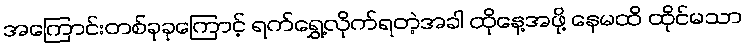
အကြောင်းတစ်ခုခုကြောင့် ရက်ရွှေ့လိုက်ရတဲ့အခါ ထိုနေ့အဖို့ နေမထိ ထိုင်မသာ